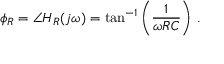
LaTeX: \phi _ { R } = \angle H _ { R } ( j \omega ) = \tan ^ { - 1 } \left( { \frac { 1 } { \omega R C } } \right) \, .